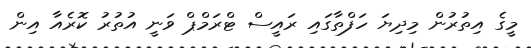
މީގެ އިތުރުން މިދިޔަ ހަފްތާގައި ރައީސް ޓްރަމްޕް ވަނީ އުތުރު ކޮރެއާ އިން